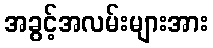
အခွင့်အလမ်းများအား